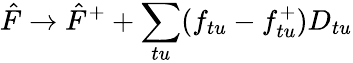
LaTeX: \hat{F}\rightarrow\hat{F}^{+}+\sum_{tu}(f_{tu}-f_{tu}^{+})D_{tu}